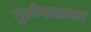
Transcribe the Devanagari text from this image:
गुढीपाढव्या